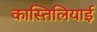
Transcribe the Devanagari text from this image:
कास्तिलियाई